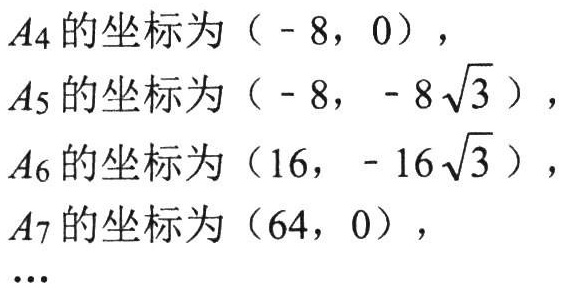
\(A_4\)的坐标为\(( - 8,0)\)，
\(A_5\)的坐标为\(( - 8,- 8\sqrt{3})\)，
\(A_6\)的坐标为\((16,- 16\sqrt{3})\)，
\(A_7\)的坐标为\((64,0)\)，
\(\cdots\)